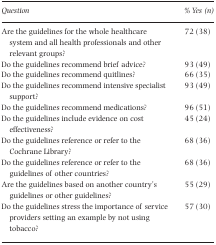
<table><thead><tr><td><b>Question</b></td><td><b>% Yes (n)</b></td></tr></thead><tbody><tr><td>Are the guidelines for the whole healthcare system and all health professionals and other relevant groups?</td><td>72 (38)</td></tr><tr><td>Do the guidelines recommend brief advice?</td><td>93 (49)</td></tr><tr><td>Do the guidelines recommend quitlines?</td><td>66 (35)</td></tr><tr><td>Do the guidelines recommend intensive specialist support?</td><td>93 (49)</td></tr><tr><td>Do the guidelines recommend medications?</td><td>96 (51)</td></tr><tr><td>Do the guidelines include evidence on cost effectiveness?</td><td>45 (24)</td></tr><tr><td>Do the guidelines reference or refer to the Cochrane Library?</td><td>68 (36)</td></tr><tr><td>Do the guidelines reference or refer to the guidelines of other countries?</td><td>68 (36)</td></tr><tr><td>Are the guidelines based on another country&#x27;s guidelines or other guidelines?</td><td>55 (29)</td></tr><tr><td>Do the guidelines stress the importance of service providers setting an example by not using tobacco?</td><td>57 (30)</td></tr></tbody></table>